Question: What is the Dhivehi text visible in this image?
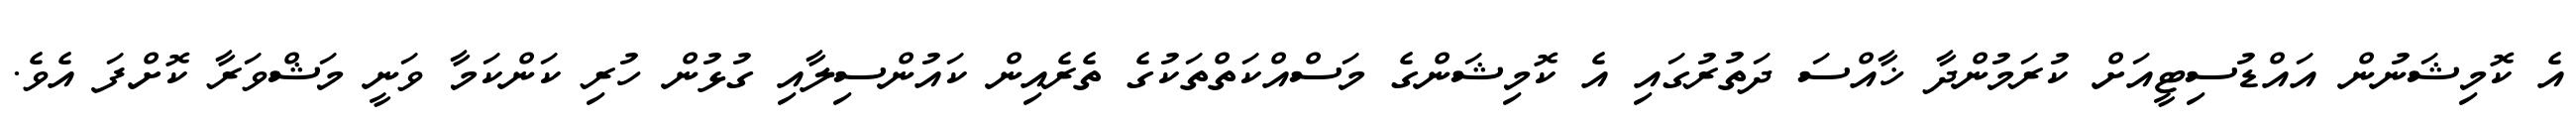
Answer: އެ ކޮމިޝަނުން އައްޑުސިޓީއަށް ކުރަމުންދާ ޚާއްސަ ދަތުރުގައި އެ ކޮމިޝަންގެ މަސްއްކަތްތަކުގެ ތެރެއިން ކައުންސިލާއި ގުޅުން ހުރި ކަންކަމާ ވަނީ މަޝްވަރާ ކޮށްފަ އެވެ.